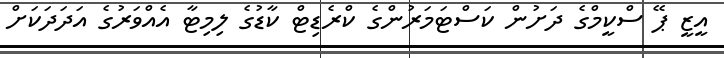
އީޒީ ޕޭ ސްކީމްގެ ދަށުން ކަސްޓަމަރުންގެ ކްރެޑިޓް ކާޑުގެ ލިމިޓާ އެއްވަރުގެ އަދަދަކަށް